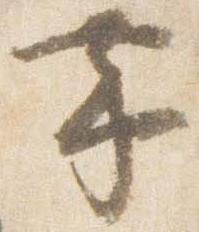
帯